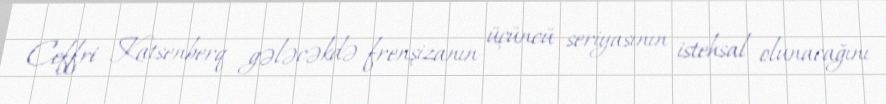
Ceffri Katsenberq gələcəkdə frenşizanın üçüncü seriyasının istehsal olunacağını